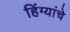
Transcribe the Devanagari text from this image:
हिंग्यांचे